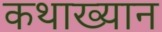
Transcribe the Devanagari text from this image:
कथाख्यान